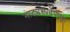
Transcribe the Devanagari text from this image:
नाट्यस्पर्धेपासून